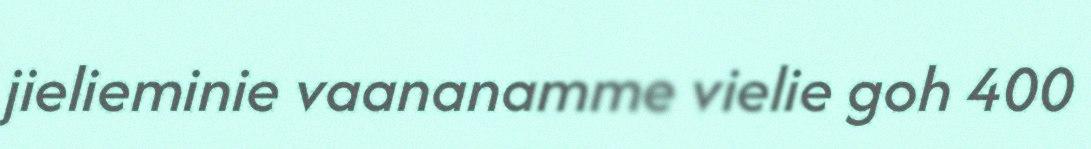
jielieminie vaananamme vielie goh 400